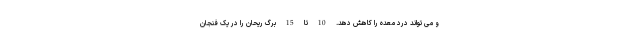
و می تواند درد معده را کاهش دهد. 10 تا 15 برگ ریحان را در یک فنجان